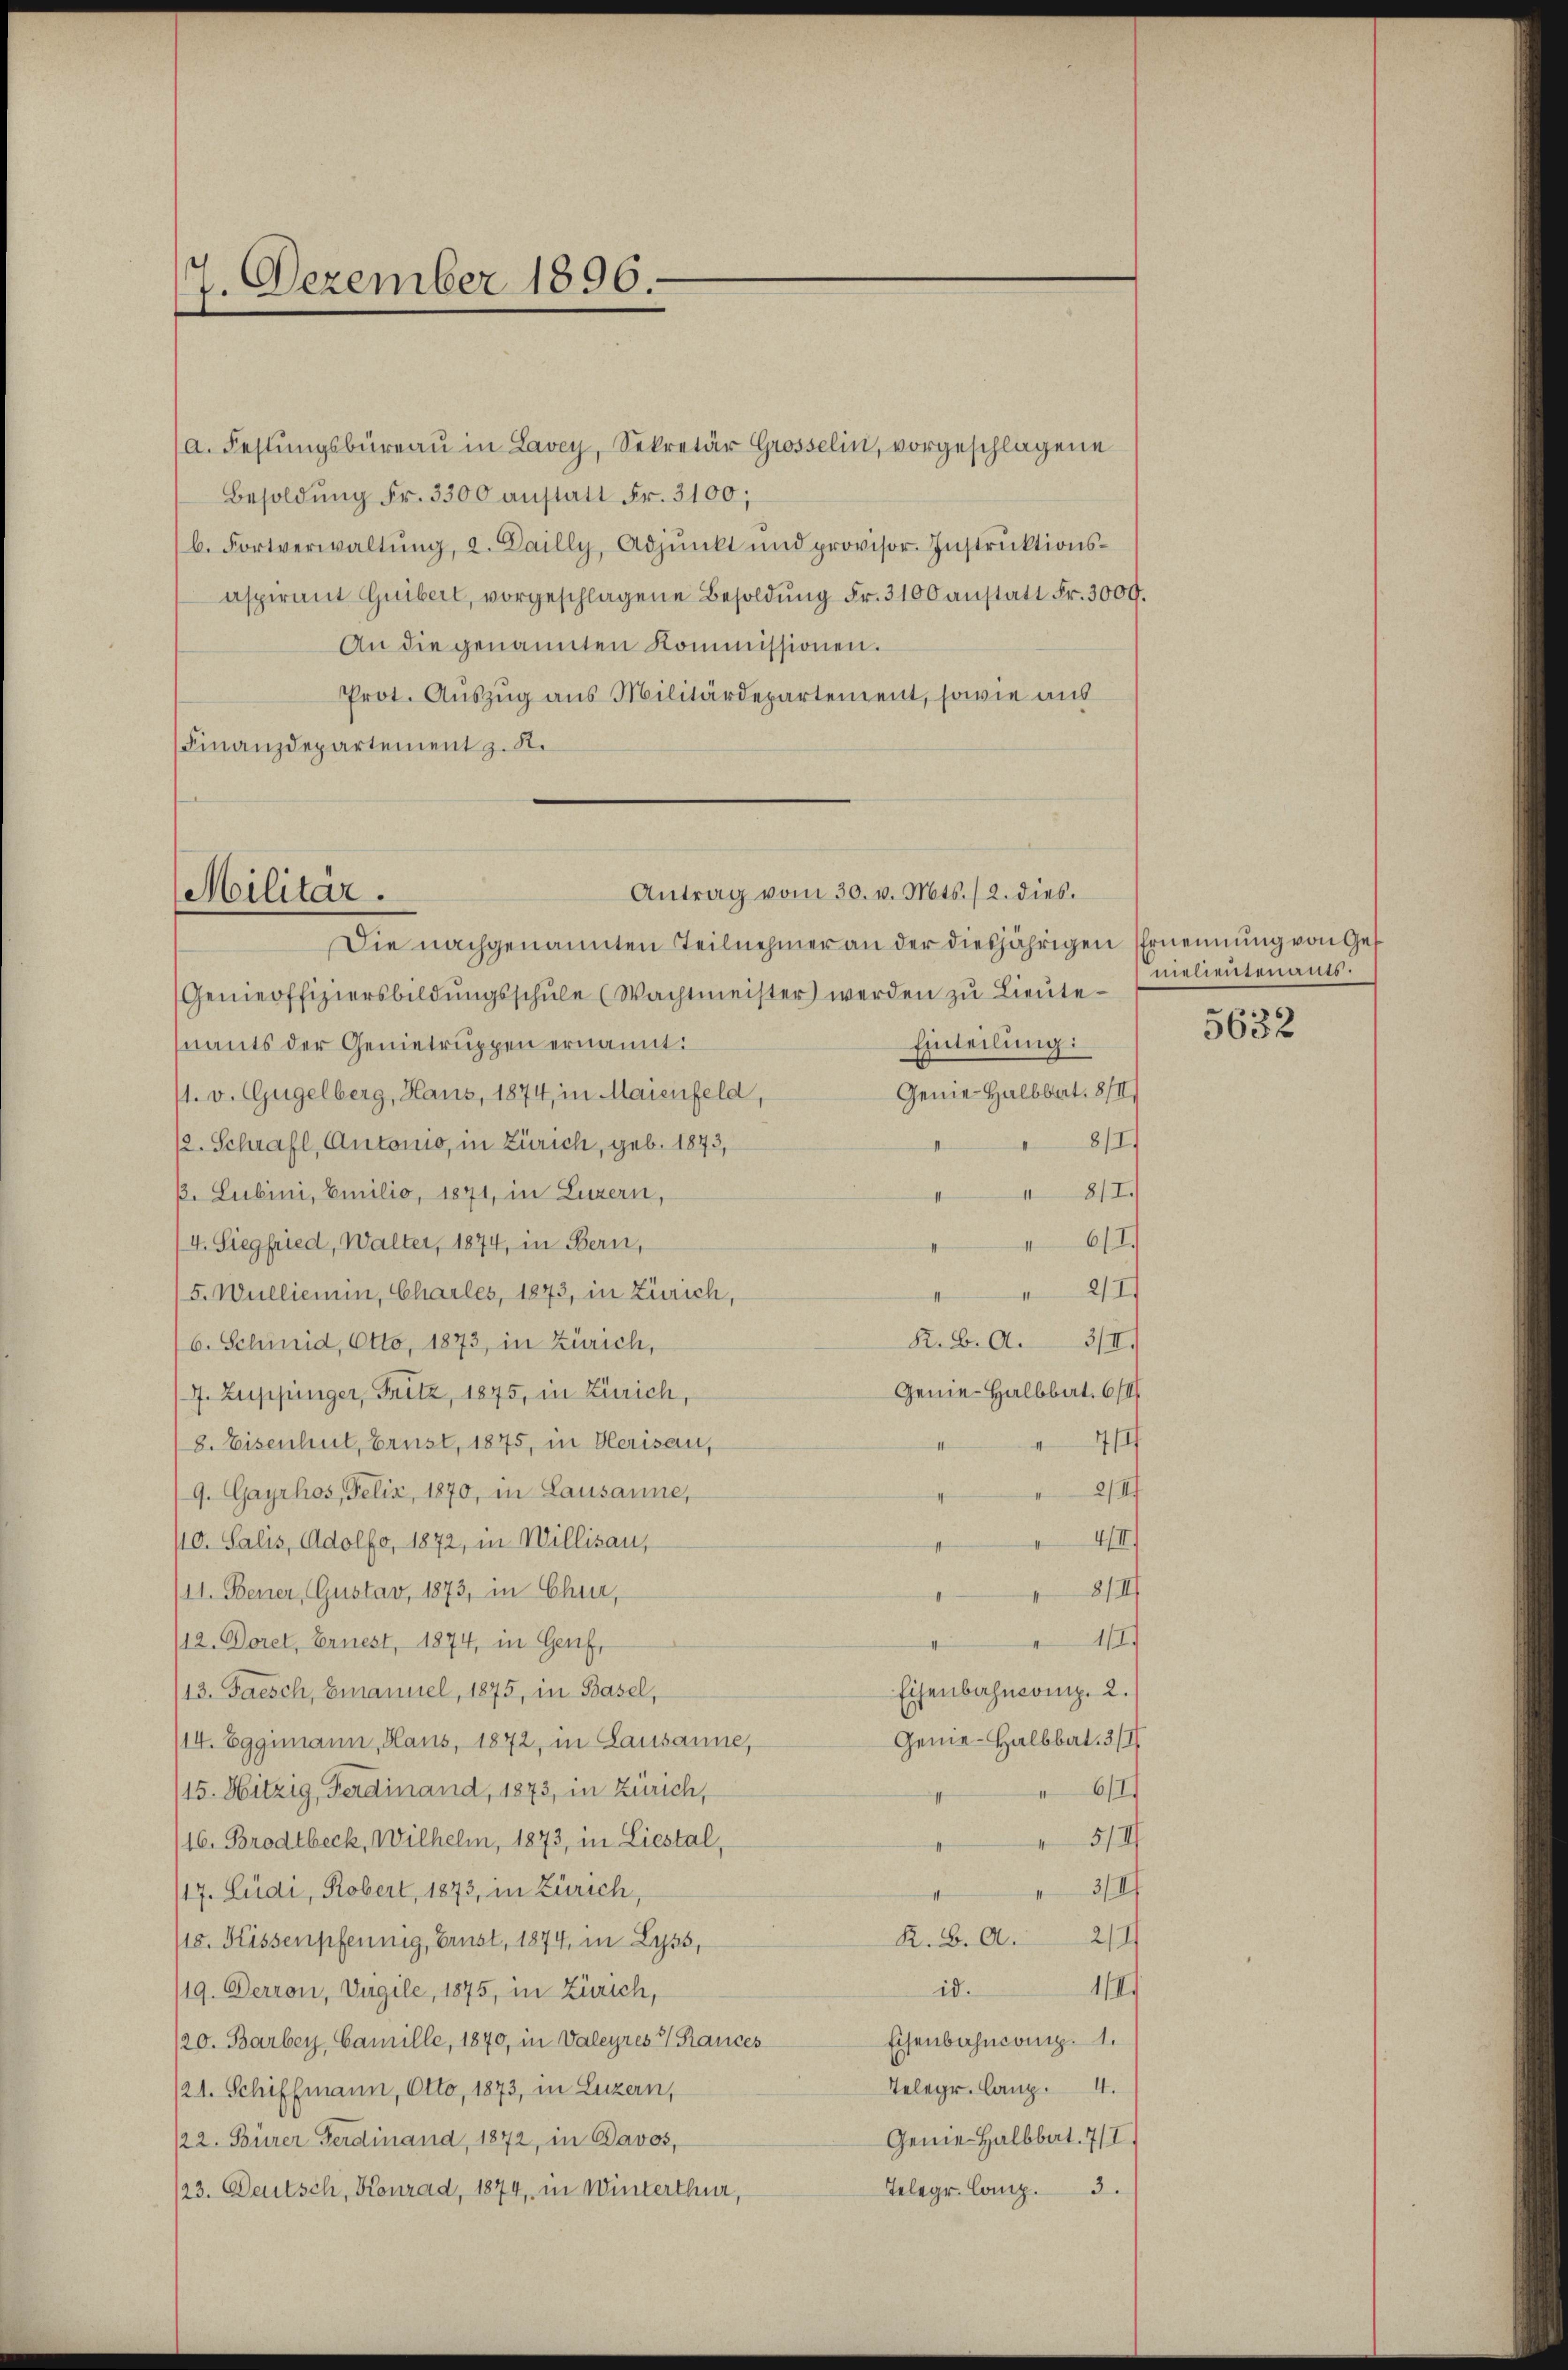
7. Dezember 1896.

a. Festungsbüreaŭ in Lavey, Sekretär Grosselin, vorgeschlagene
Besoldung Fr. 3300 anstatt Fr. 3100;
b. Fortverwaltŭng, a. Dailly, Adjunkt und provisor. Instrŭktionsaspirant Guibert, vorgeschlagene Besoldŭng Fr. 3100 anstatt Fr. 3000.
An die genannten Kommissionen.
Prot. Auszug aus Militärdepartement, sowie aus
Finanzdepartement z. R.

Antrag vom 30. v. Mts. 12. dies.
Militar.
Die nachgenannten Teilnehmer an der diesjährigen Ernennung von Ges

Genieoffiziersbildŭngsschŭle (Wachtmeister werden zu Lieutenants der Genietruppen ernannt:
Einteilung:
Genie Halbbart. 8/II
11. v. Gugelberg, Haus, 1874, in Maienfeld,
8/I.
/2. Schraft, Autonio, in Zürich, geb. 1873,
B. Lubini, Emilio, 1871, in Luzern,
1817.
611)
4. Siegfried, Walter, 1874, in Bern,
2/1
5. Wullieren, Charles, 1873, in Zürich,
I
K. B. A. 3/II.)
6. Schmid, Otto, 1873, in Zürich,
Genie-Halbbart. 671/
/7. Zuppinger, Fritz, 1875, in Zürich,
71/
8. Eisenhut, Brust, 1875, in Herisau,
4
2/17
9. Gayrhos, Felix, 1870, in Lausanne,
47
40. Salis, Adolfo, 1872, in Willisau,
8/II
(11. Bener, Gustav, 1873, in Chur,
11
(12. Doret, Ernest, 1874, in Genf,
Eisenbahncomp. 2.
(13. Jaesch, Emanuel, 1875, in Basel,
Genie-Halbbat. 311/
/14. Eggimann, Haus, 1872, in Lausanne,
(15. Hitzig, Ferdinand, 1873, in Zürich,
6/1
511/
16. Brodtbeck, Wilhelm, 1873, in Liestal,
3/17
117. Ludi, Robert, 1873, in Zürich,
211/
K. B. A.
/10. Kissenpfennig, Brust, 1874, in Lyss,
111.
id.
/19. Derron, Vigile, 1875, in Zürich,
Eisenbahncomp. 1.
120. Barbey Camille, 1840, in Valeyres 1 Rauces
Telegr. lang.
/21. Schiffmann, Otto, 1873, in Luzern,
Genie Halbbat. 7/I.
122. Bürer Ferdinand, 1872, in Davos,
Telegr. Comp. 3.
/23. Deutsch, Konrad, 1874, in Winterthur,

nielieutenants.

5632